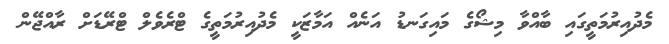
މެދުއިރުމަތީގައި ބާއްވާ މިޝޯގެ މައިގަނޑު އަނެއް އަމާޒަކީ މެދުއިރުމަތީގެ ޓްރެވެލް ޓްރޭޑަށް ރާއްޖޭން